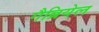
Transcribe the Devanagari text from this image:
गैब्रियेल